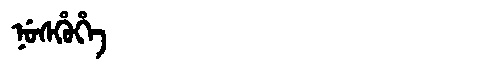
Manchu: ᠨᡠᠰᡥᡠᡥᡝ
Romanization: NUSHUHE